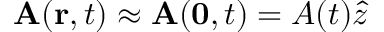
{ \bf A } ( { \bf r } , t ) \approx { \bf A } ( \mathbf { 0 } , t ) = A ( t ) \hat { z }